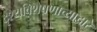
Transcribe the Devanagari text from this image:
दृश्यविशेषणाच्याद्वारे